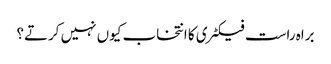
براہ راست فیکٹری کا انتخاب کیوں نہیں کرتے؟